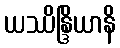
ယဿိန္ဒြိယာနိ